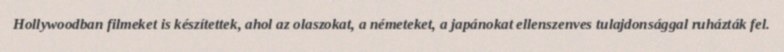
Hollywoodban filmeket is készítettek, ahol az olaszokat, a németeket, a japánokat ellenszenves tulajdonsággal ruházták fel.